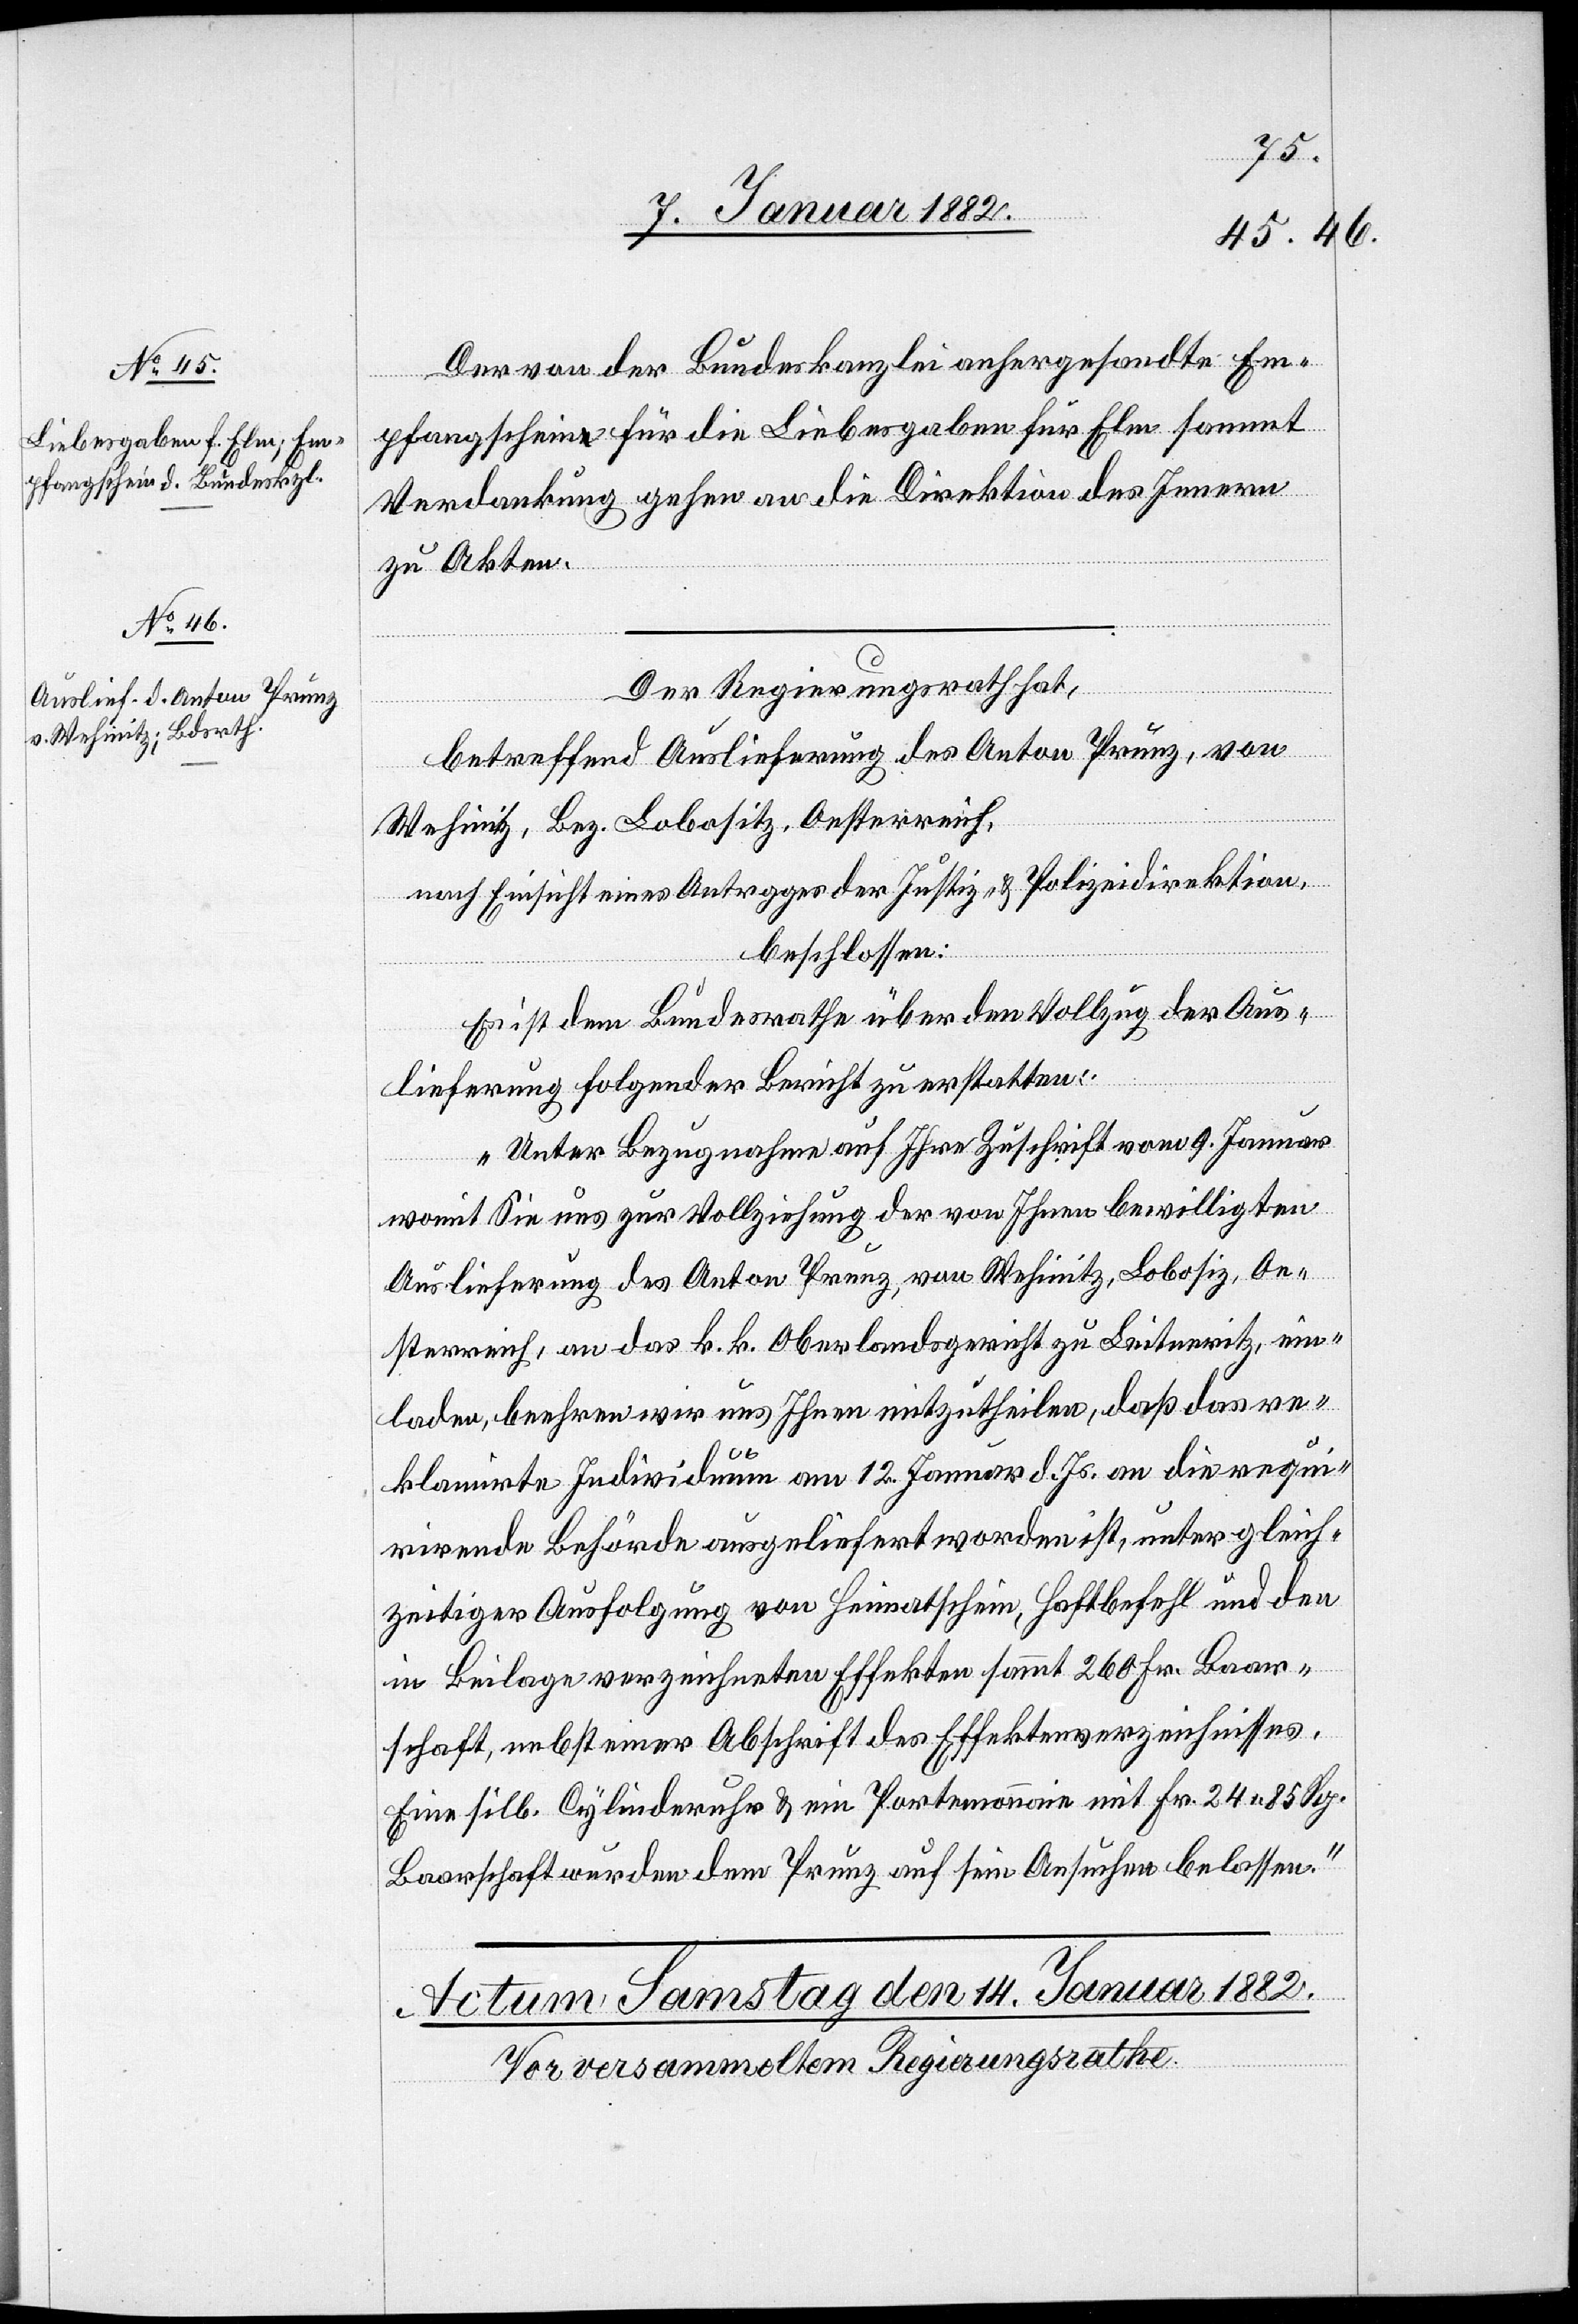
12. Januar 1882.]
Der von der Bundeskanzlei anhergesandte Em¬
pfangschein für die Liebesgaben für Elm sammt
Verdankung gehen an die Direktion des Innern
zu Akten.
Der Regierungsrath hat,
betreffend Auslieferung des Anton Prunz, von
Wehinitz, Bez. Lobositz, Oesterreich,
nach Einsicht eines Antrgges [sic!] der Justiz- & Polizeidirektion,
beschlossen:
Es ist dem Bundesrathe über den Vollzug der Aus¬
lieferung folgender Bericht zu erstatten:
„Unter Bezugnahme auf Ihre Zuschrift vom 9. Januar
womit Sie uns zur Vollziehung der von Ihnen bewilligten
Auslieferung des Anton Prunz, von Wehinitz, Lobosiz, Oe¬
sterreich, an das k. k. Oberlandsgericht zu Leitneritz, ein¬
laden, beehren wir uns Ihnen mitzutheilen, daß das re¬
klamirte Individuum am 12. Januar d. Js. an die requi¬
rirende Behörde ausgeliefert worden ist, unter gleich¬
zeitiger Ausfolgung von Heimatschein, Haftbefehl und den
in Beilage verzeichneten Effekten sammt 260 Fr. Baar¬
schaft, nebst einer Abschrift des Effektenverzeichnisses.
Eine silb. Cylinderuhr & ein Portemonnaie mit Fr. 24 85 Rp.
Baarschaft wurden dem Prunz auf sein Ansuchen belassen.“